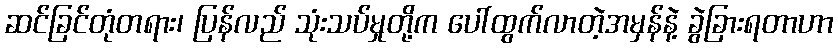
ဆင်ခြင်တုံတရား၊ ပြန်လည် သုံးသပ်မှုတို့က ပေါ်ထွက်လာတဲ့အမှန်နဲ့ ခွဲခြားရတာဟာ